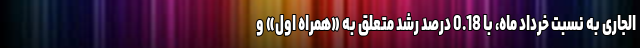
الجاری به نسبت خرداد ماه، با 0.18 درصد رشد متعلق به «همراه اول» و